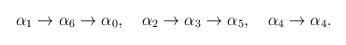
LaTeX: \begin{align*}\alpha_{1}\rightarrow\alpha_{6}\rightarrow\alpha_{0},\quad\alpha_{2}\rightarrow\alpha_{3}\rightarrow\alpha_{5},\quad \alpha_{4}\rightarrow\alpha_{4}.\end{align*}